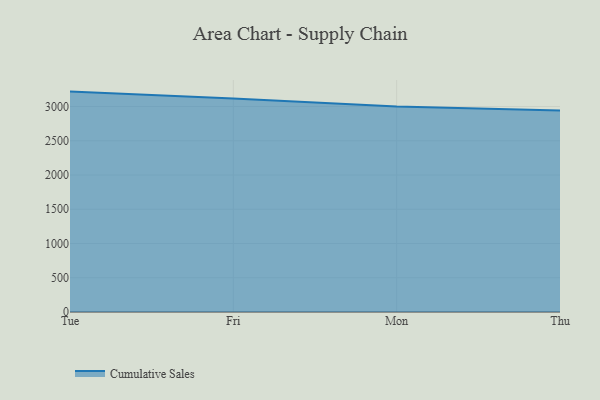
{"axis": {"x": "Day", "y": "Satisfaction Score"}, "legend": ["Cumulative Sales"], "data": [{"x": "Tue", "y": 3218.1, "type": "Cumulative Sales"}, {"x": "Fri", "y": 3116.4, "type": "Cumulative Sales"}, {"x": "Mon", "y": 3001.2, "type": "Cumulative Sales"}, {"x": "Thu", "y": 2941.5, "type": "Cumulative Sales"}]}